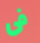
فى